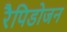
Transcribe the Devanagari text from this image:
रैपिडोजन